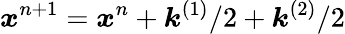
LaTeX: \boldsymbol{x}^{n+1}=\boldsymbol{x}^{n}+\boldsymbol{k}^{(1)}/2+\boldsymbol{k}^{(2)}/2